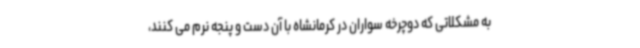
به مشکلاتی که دوچرخه سواران در کرمانشاه با آن دست و پنجه نرم می کنند،